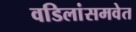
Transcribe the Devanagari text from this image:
वडिलांसमवेत